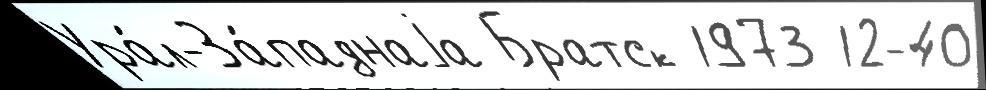
Ура́л-За́паднаjа Братск 1973 12-40